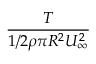
\frac { T } { 1 / 2 \rho \pi R ^ { 2 } U _ { \infty } ^ { 2 } }